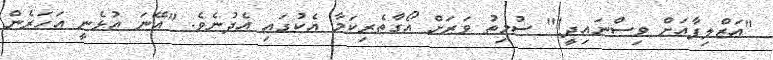
"އަޒްލިފާއަށް ވިސްނައިދީ!" ސުމިތު ވަރަށް އޯގާތެރިކަމާ އެކުގައި އެދުނެވެ. "އޭނަ އުޅެނީ އަހަރެން